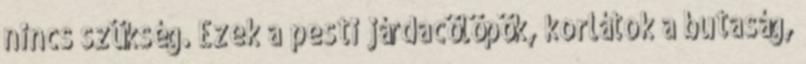
nincs szükség. Ezek a pesti járdacölöpök, korlátok a butaság,